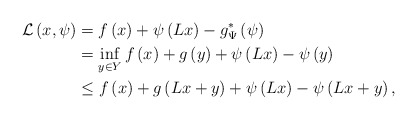
\begin{align*}\mathcal{L}\left(x,\psi\right) & =f\left(x\right)+\psi\left(Lx\right)-g_{\Psi}^{*}\left(\psi\right)\\ & =\inf_{y\in Y}f\left(x\right)+g\left(y\right)+\psi\left(Lx\right)-\psi\left(y\right)\\ & \leq f\left(x\right)+g\left(Lx+y\right)+\psi\left(Lx\right)-\psi\left(Lx+y\right),\end{align*}